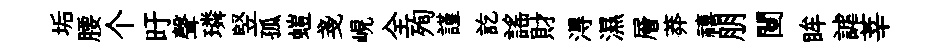
垢腰个旴聲璘竪孤螘戔峴全殉謹訖謡財淂濕層莽禧朋闉眸謔莘